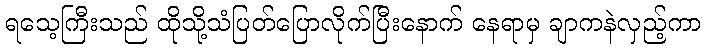
ရသေ့ကြီးသည် ထိုသို့သံပြတ်ပြောလိုက်ပြီးနောက် နေရာမှ ချာကနဲလှည့်ကာ